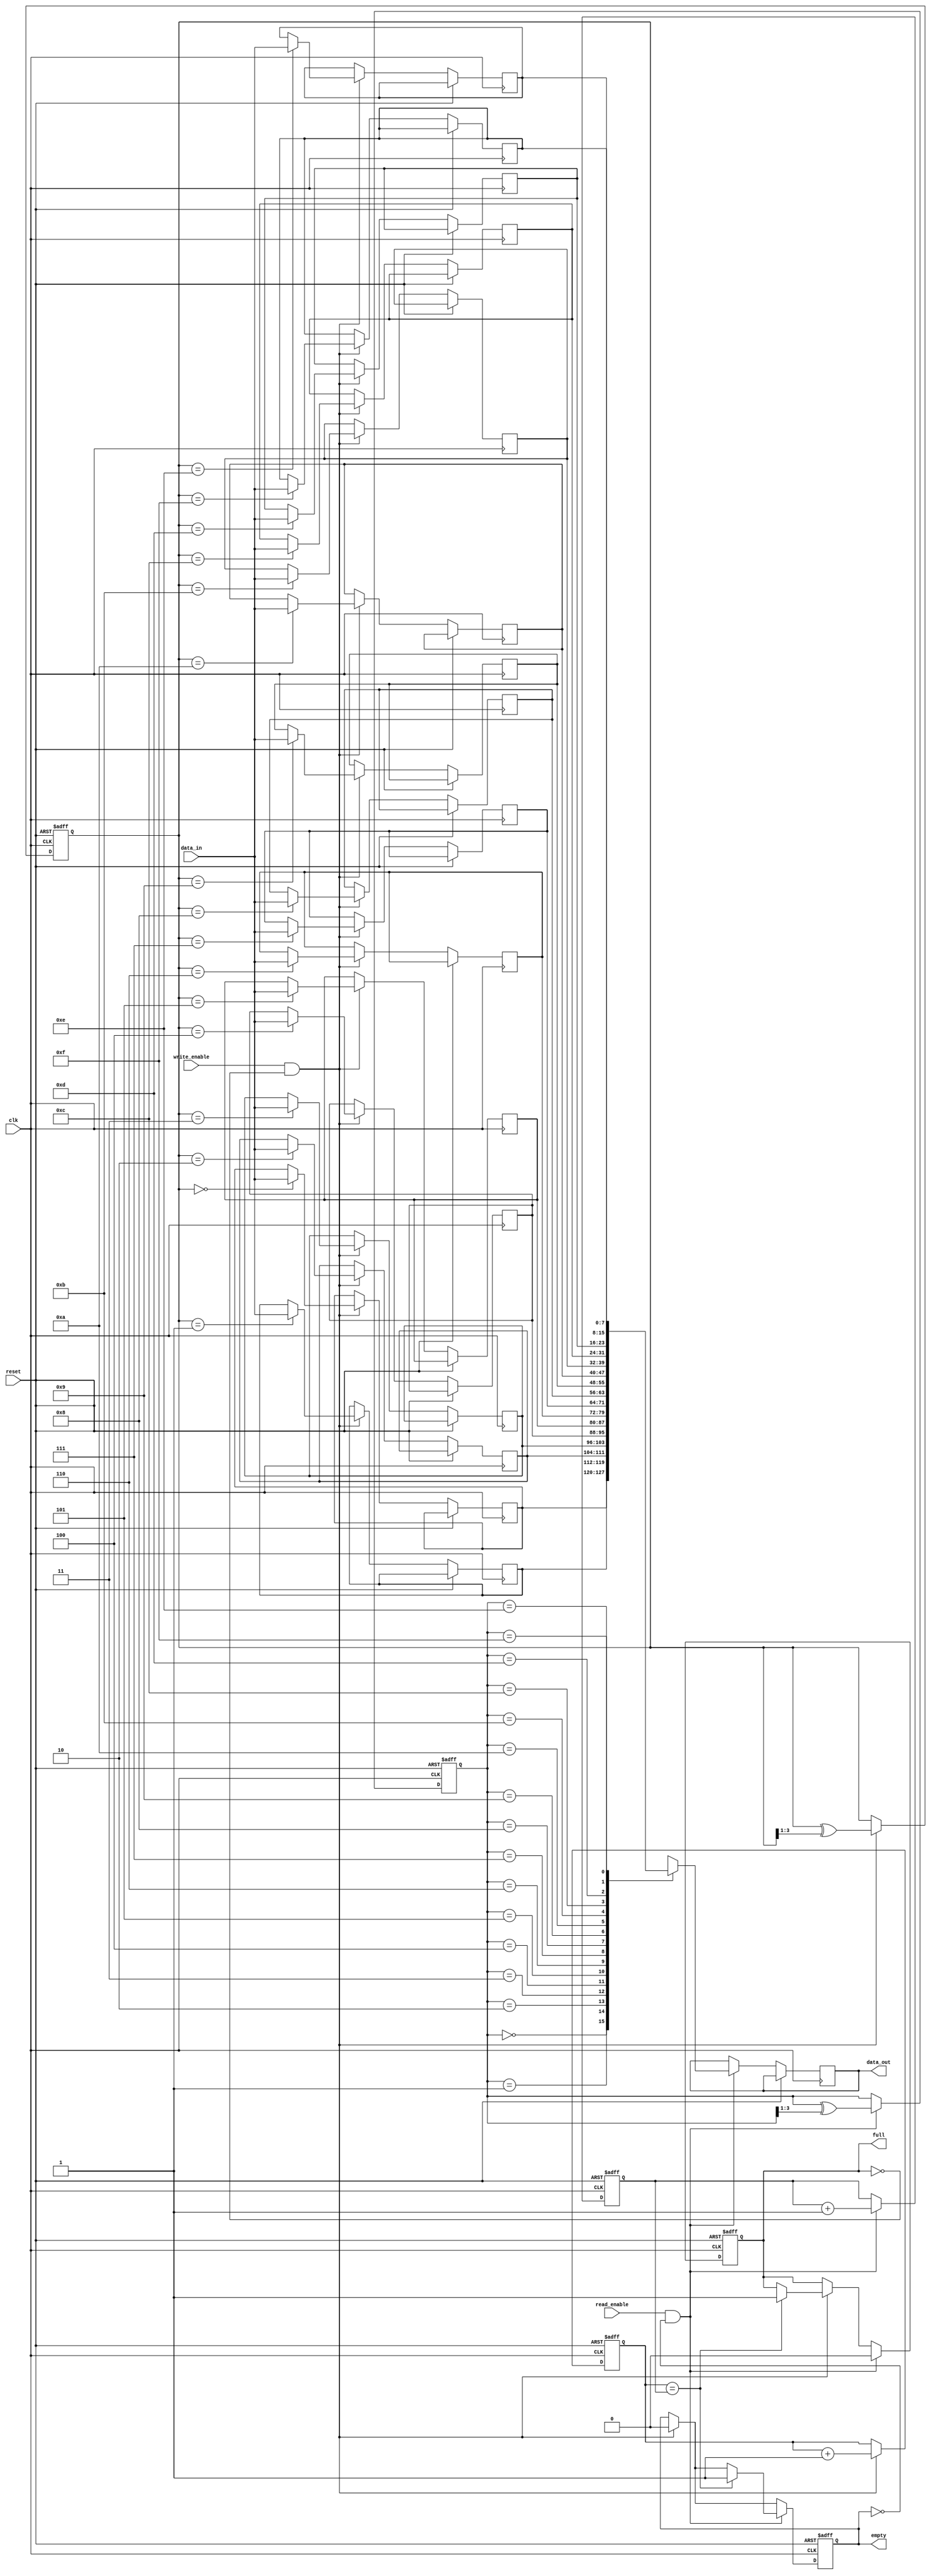
module gray_fifo (
    input wire clk,
    input wire reset,
    input wire write_enable,
    input wire read_enable,
    input wire [7:0] data_in,
    output wire [7:0] data_out,
    output wire full,
    output wire empty
);

reg [7:0] buffer [0:15];
reg [3:0] write_ptr;
reg [3:0] read_ptr;
reg [3:0] gray_write_ptr;
reg [3:0] gray_read_ptr;

always @(posedge clk or posedge reset) begin
    if (reset) begin
        write_ptr <= 4'b0000;
        read_ptr <= 4'b0000;
        gray_write_ptr <= 4'b0000;
        gray_read_ptr <= 4'b0000;
        full <= 1'b0;
        empty <= 1'b1;
    end else begin
        if (write_enable && !full) begin
            buffer[gray_write_ptr] <= data_in;
            write_ptr <= write_ptr + 1;
            gray_write_ptr <= gray_write_ptr ^ (gray_write_ptr >> 1);
            if (write_ptr == read_ptr)
                full <= 1'b1;
            empty <= 1'b0;
        end
        if (read_enable && !empty) begin
            data_out <= buffer[gray_read_ptr];
            read_ptr <= read_ptr + 1;
            gray_read_ptr <= gray_read_ptr ^ (gray_read_ptr >> 1);
            if (write_ptr == read_ptr)
                empty <= 1'b1;
            full <= 1'b0;
        end
    end
end

endmodule